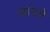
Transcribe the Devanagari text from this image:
डायचे